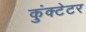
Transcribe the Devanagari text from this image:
कुंक्टेटर